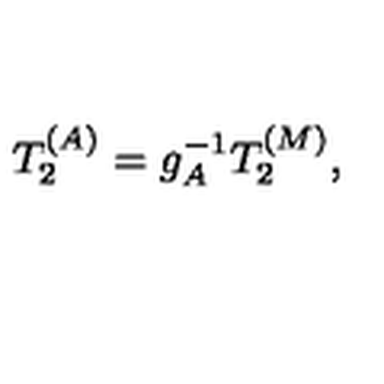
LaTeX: T _ { 2 } ^ { ( A ) } = g _ { A } ^ { - 1 } T _ { 2 } ^ { ( M ) } ,